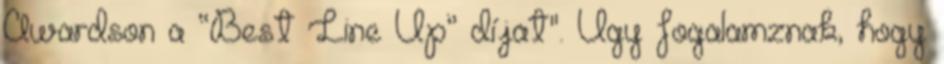
Awardson a “Best Line Up” díjat". Úgy fogalamznak, hogy